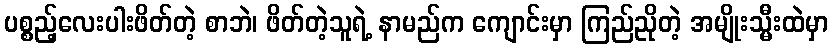
ပစ္စည့်လေးပါးဖိတ်တဲ့ စာဘဲ၊ ဖိတ်တဲ့သူရဲ့ နာမည်က ကျောင်းမှာ ကြည်ညိုတဲ့ အမျိုးသ္မီးထဲမှာ